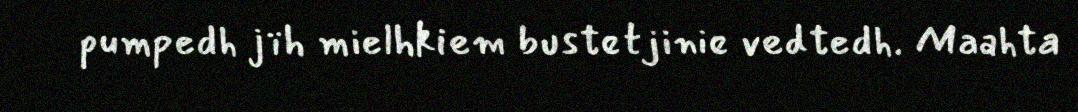
pumpedh jïh mielhkiem bustetjinie vedtedh. Maahta